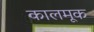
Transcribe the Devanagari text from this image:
कालमूक